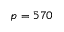
p = 5 7 0